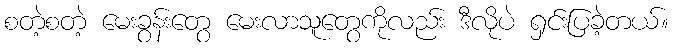
စတဲ့စတဲ့ မေးခွန်းတွေ မေးလာသူတွေကိုလည်း ဒီလိုပဲ ရှင်းပြခဲ့တယ်။